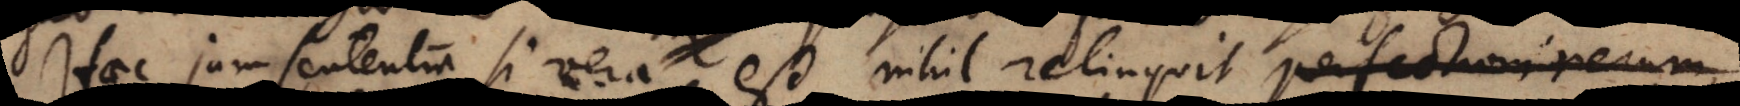
Haec jam sententia si vera est, nihil relinquit perfectioni rerum,